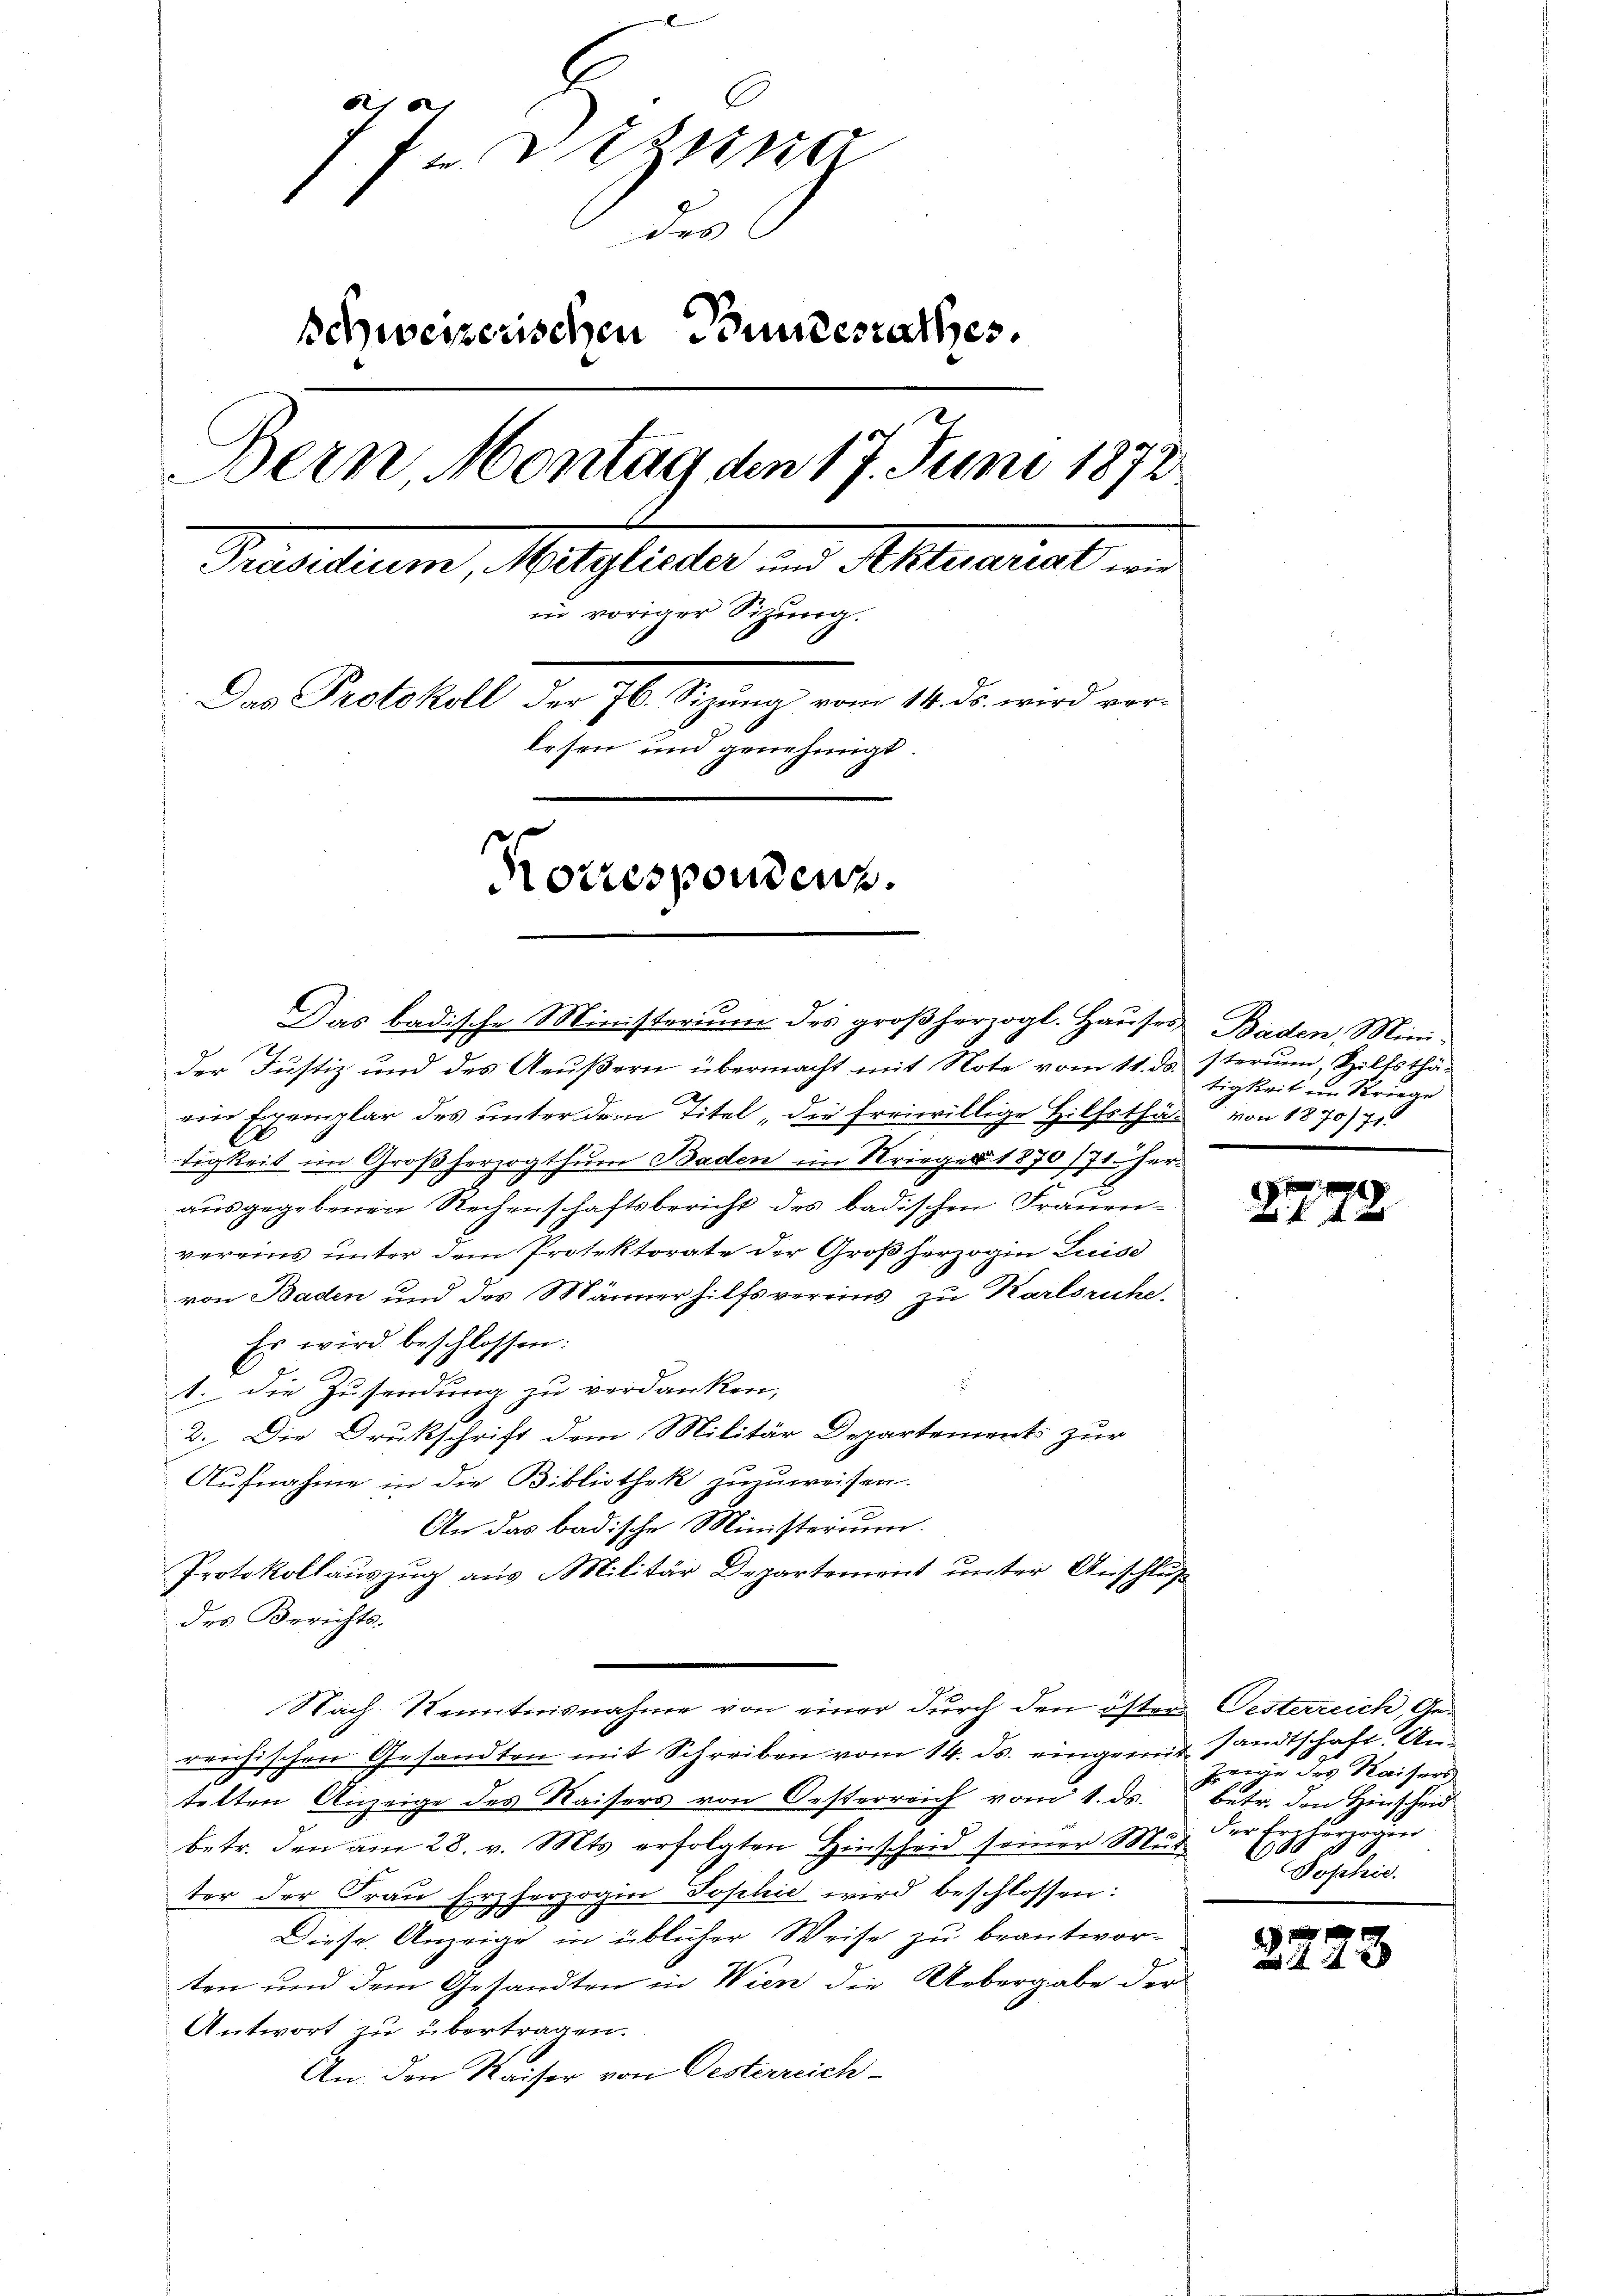
8
1
 zutre
des
schweizerischen Bundesrathes.
Bern, Montag den 17. Juni 1872
Praesiduum, Mitglieder in Abtretent
in voriger Sitzung.
Das Protokoll der 76. Sizung vom 14. ds. wird vor-
lesen und genehmigt.
f
Norresponden.

Das badische Ministerium des großherzogl. Hauses Baden, Mini-
der Justiz und des Aeußern übermacht mit Note vom 11. ds. sterium, Spilfsthä-
ein Exemplar des unter dem Titel, die freiwillige Hilfsthä- von 1870/71
tigkeit im Großherzogthum Baden im Kriegen 1870/71 Herausgegebenen Rechenschaftsbericht des badischen Frauen-
vereins unter dem Protektorate der Großherzogin Luise
von Baden und des Männer hilfsvereins zu Karlsruhe.
Es wird beschlossen:
x
1. die Zusendung zu verdanken,
2. Die Drukschrift dem Militär Departement zur
Aufnahme in die Bibliothek zuzuweisen.
An das badische Ministerium.
Protokollauszug aus Militär Departement unter Anschluß
des Berichts-
Nach Kenntnisnahme von einer durch den öster Oesterreich, Gereichischen Gesandten mit Schreiben vom 14. ds. eingemit Handtschaft. An
telten Anzeige des Kaisers von Oesterreich vom 1. ds. betr. den Hinscheid
betr. den am 28. v. Mts. erfolgten Hinscheid seiner Mut
ter der Frau Erzherzogin Sophie wird beschlossen:
Diese Anzeige in üblicher Weise zu beantwor-
ten und dem Gesandten in Wien die Uebergabe der
Antwort zu übertragen.
An den Kaiser von Oesterreich-

tigkeit im Kriege

Z. 172

Jenie des Kaisers
der Erzherzogen
C
Sophie.

1
xx